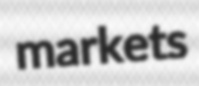
markets